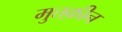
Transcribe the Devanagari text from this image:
मुत्तक़ीन